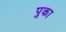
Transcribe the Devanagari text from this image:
पुका